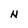
Character: N